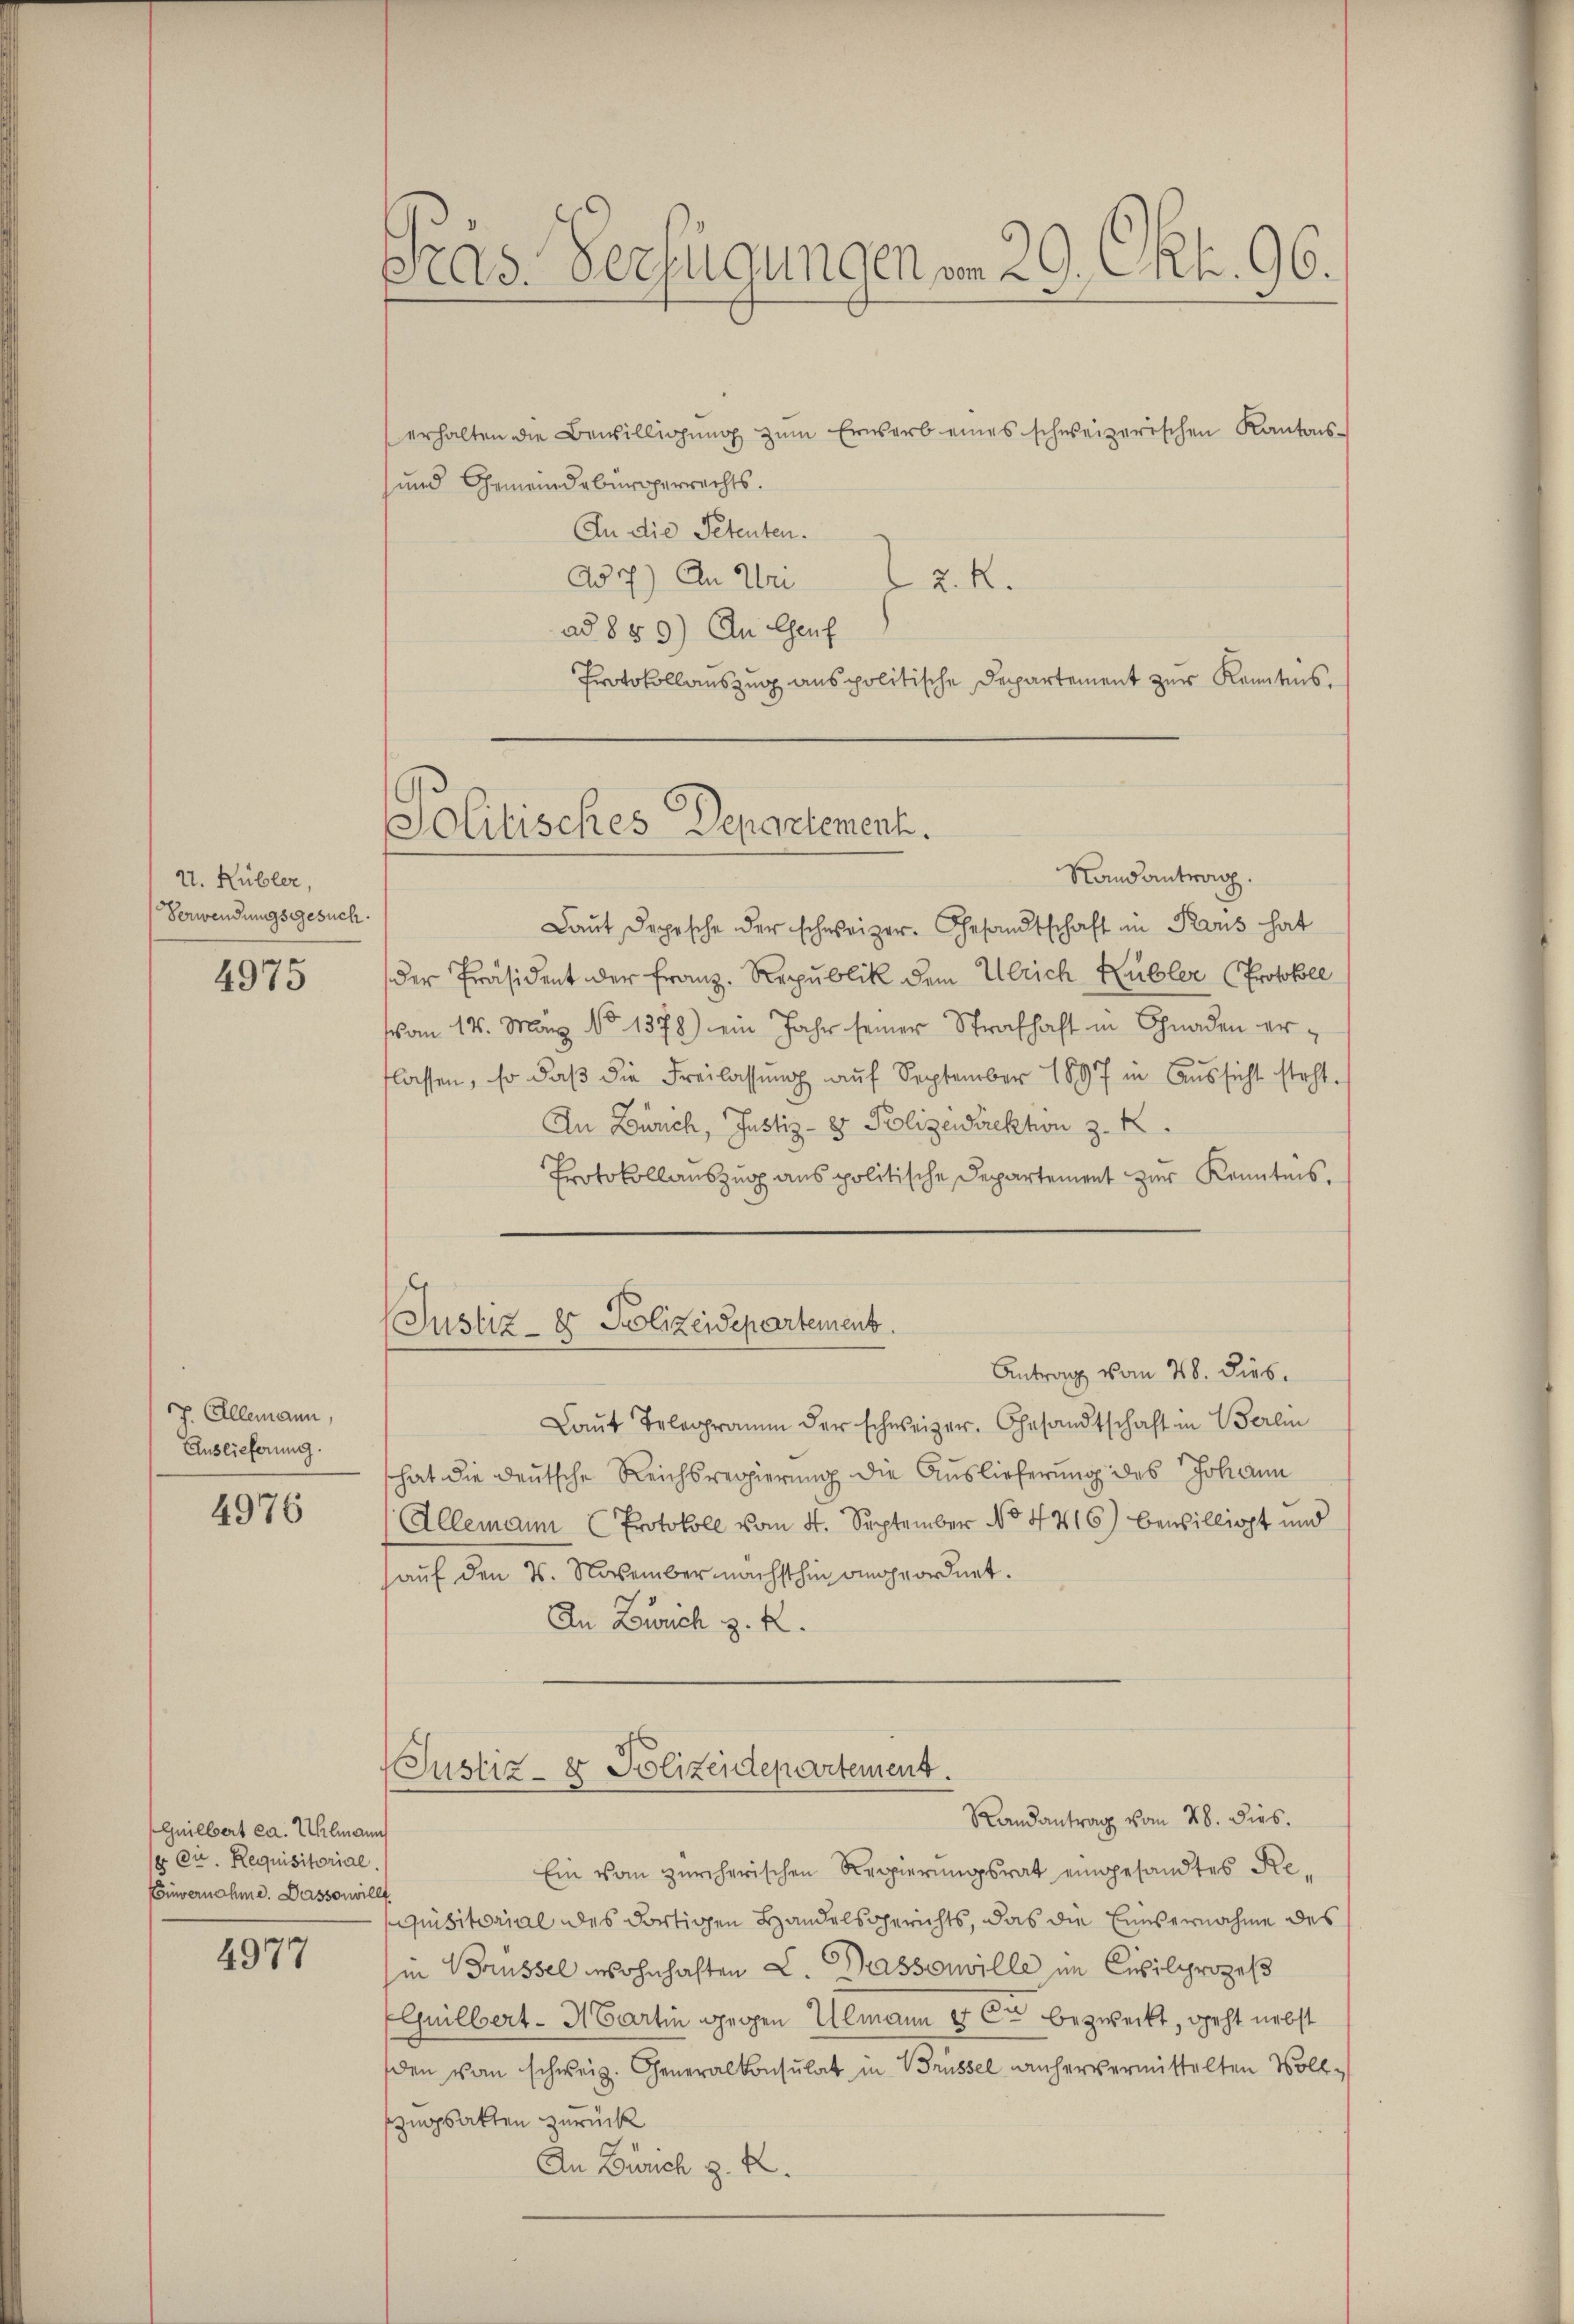
U. Kübler,
Verwendungsgesuch.

4975

J. Allemann,
Auslieferung.
4976

Guillert ca. Uhlmann
 Cie. Requisitorial.
Couvernahme. Dassonwillf

4977

Gras. Verfügungen von 29. Okt. 96.

Politisches Departement.

erhalten die Bewilligŭng zŭm Erwerb eines schweizerischen Kantons-
und Gemeindebürgerrechts.
An die Petenten.
Ad 7) An Uri
2.R.
ad 859.) An Genf
Protokollauszug aus politische Departement zur Kenntnis.
Randantrag.
Laut Depesche der schweizer. Gesandtschaft in Paris hat
der Präsident der Franz. Republik dem Ulrich Kübler (Protokoll
vom 14. May No 1378) ein Jahr seiner Strafhaft in Gnaden erflassen, so daβ die Freilassung auf September 1897 in Aussicht steht.
In Zürich, Justiz- & Polizeidirektion z. K
Protokollauszug aus politische Departement zur Kenntnis.
Justiz- & Polizeidepartement.
Antrag vom 28. Dieb.
Laŭt Telegramm der schweizer. Gesandtschaft in Berlin
hat die deutsche Reichsregierung die Auslieferung des Johann
Allemann (Protokoll vom 4. September No 4416) bewilligt und
auf den 7. November nächsthin angeordnet.
An Zusch z. R.

Ein vom zürcherischen Regierungsrat eingesandtes Renquisitorial des dortigen Handelsgerichts, das die Einsernahme des
Iin Brüssel wohnhaften L. Passouville im Civilprozeß
Guilbert - Martin gegen Ulmann er bezweckt, geht nebst
den von schweiz. Generalkonsulat in Brüssel anher vermittelten Vollzugsakten zurück
An Zürich z. B.

Justiz- & Polizeidepartement.
Randantrag vom 28. dies.